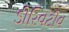
ડીરિવટીવ